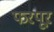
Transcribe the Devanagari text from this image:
फरपूर